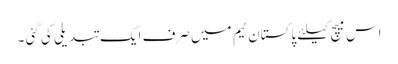
اس میچ کیلئے پاکستان ٹیم میں صرف ایک تبدیلی کی گئی ۔